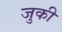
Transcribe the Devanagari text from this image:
जुकी